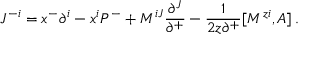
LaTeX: J ^ { - i } = x ^ { - } \partial ^ { i } - x ^ { i } P ^ { - } + M ^ { i J } \frac { \partial ^ { J } } { \partial ^ { + } } - \frac { 1 } { 2 z \partial ^ { + } } [ M ^ { z i } , A ] \, .